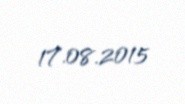
17.08.2015